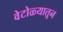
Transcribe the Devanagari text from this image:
वेटोळ्यातून